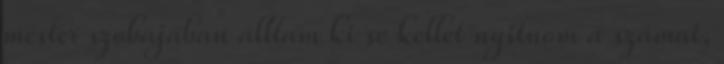
mester szobájában álltam ki se kellet nyitnom a számat,